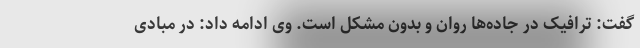
گفت: ترافیک در جاده‌ها روان و بدون مشکل است. وی ادامه داد: در مبادی